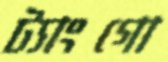
ট্যাংগো